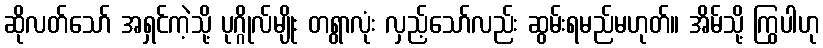
ဆိုလတ်သော် အရှင်ကဲ့သို့ ပုဂ္ဂိုလ်မျိုး တရွာလုံး လှည့်သော်လည်း ဆွမ်းရမည်မဟုတ်။ အိမ်သို့ ကြွပါဟု